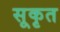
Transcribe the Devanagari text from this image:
सूकृत